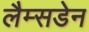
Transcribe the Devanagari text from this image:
लैम्सडेन